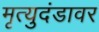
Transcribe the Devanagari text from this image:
मृत्युदंडावर